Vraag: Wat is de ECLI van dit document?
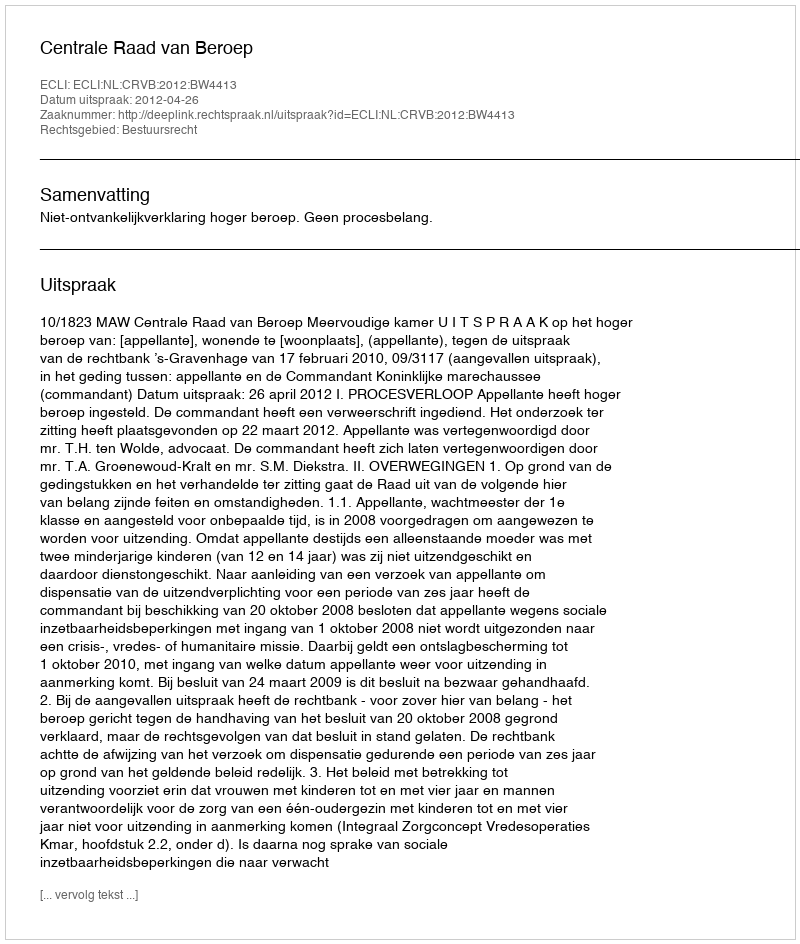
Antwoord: ECLI:NL:CRVB:2012:BW4413